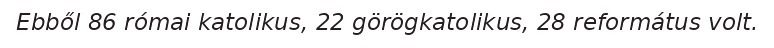
Ebből 86 római katolikus, 22 görögkatolikus, 28 református volt.